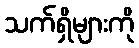
သက်ရှိများကို